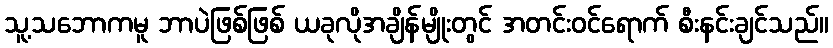
သူ့သဘောကမူ ဘာပဲဖြစ်ဖြစ် ယခုလိုအချိန်မျိုးတွင် အတင်းဝင်ရောက် စီးနင်းချင်သည်။